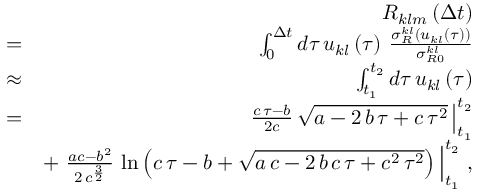
\begin{array} { r l r } & { } & { { \cal R } _ { k l m } \left( \Delta t \right) } \\ & { = } & { \int _ { 0 } ^ { \Delta t } d \tau \, u _ { k l } \left( \tau \right) \, \frac { \sigma _ { R } ^ { k l } \left( u _ { k l } \left( \tau \right) \right) } { \sigma _ { R 0 } ^ { k l } } } \\ & { \approx } & { \int _ { t _ { 1 } } ^ { t _ { 2 } } d \tau \, u _ { k l } \left( \tau \right) } \\ & { = } & { \left. \frac { c \, \tau - b } { 2 c } \, \sqrt { a - 2 \, b \, \tau + c \, \tau ^ { 2 } } \, \right| _ { t _ { 1 } } ^ { t _ { 2 } } } \\ & { } & { + \left. \frac { a c - b ^ { 2 } } { 2 \, c ^ { \frac { 3 } { 2 } } } \, \ln \left( c \, \tau - b + \sqrt { a \, c - 2 \, b \, c \, \tau + c ^ { 2 } \, \tau ^ { 2 } } \right) \, \right| _ { t _ { 1 } } ^ { t _ { 2 } } \, , } \end{array}